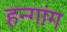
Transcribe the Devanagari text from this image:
हन्गांग